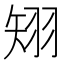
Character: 𥏊